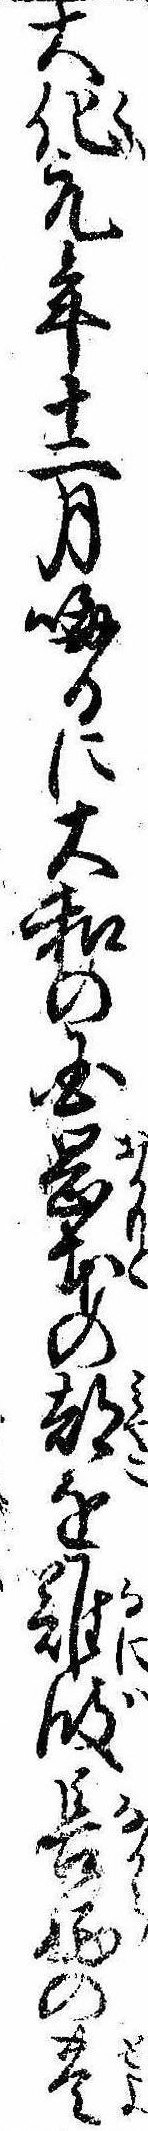
大化元年十二月晦日に大和の国岡本の都を難波長柄の豊